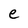
Character: e